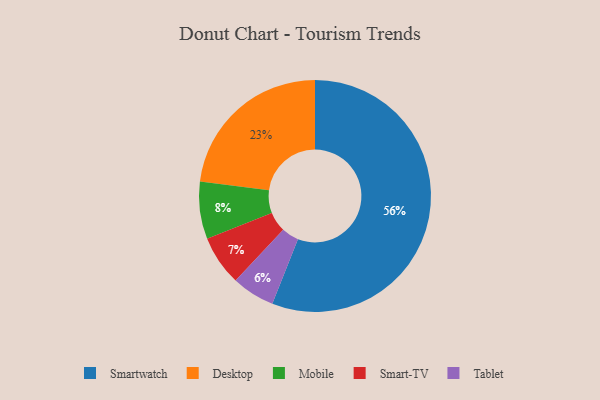
{"axis": {"x": "Category", "y": "Percentage"}, "legend": ["Desktop", "Mobile", "Smart-TV", "Smartwatch", "Tablet"], "data": [{"x": "Desktop", "y": 23, "type": "Desktop"}, {"x": "Mobile", "y": 8, "type": "Mobile"}, {"x": "Smartwatch", "y": 56, "type": "Smartwatch"}, {"x": "Smart-TV", "y": 7, "type": "Smart-TV"}, {"x": "Tablet", "y": 6, "type": "Tablet"}]}